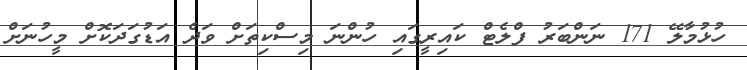
ހުޅުމާލޭ 171 ނަންބަރު ފްލެޓް ކައިރީގައި ހުންނަ މިސްކިތަށް ވަދެ އަޑުގަދަކޮށް މީހުނަށް